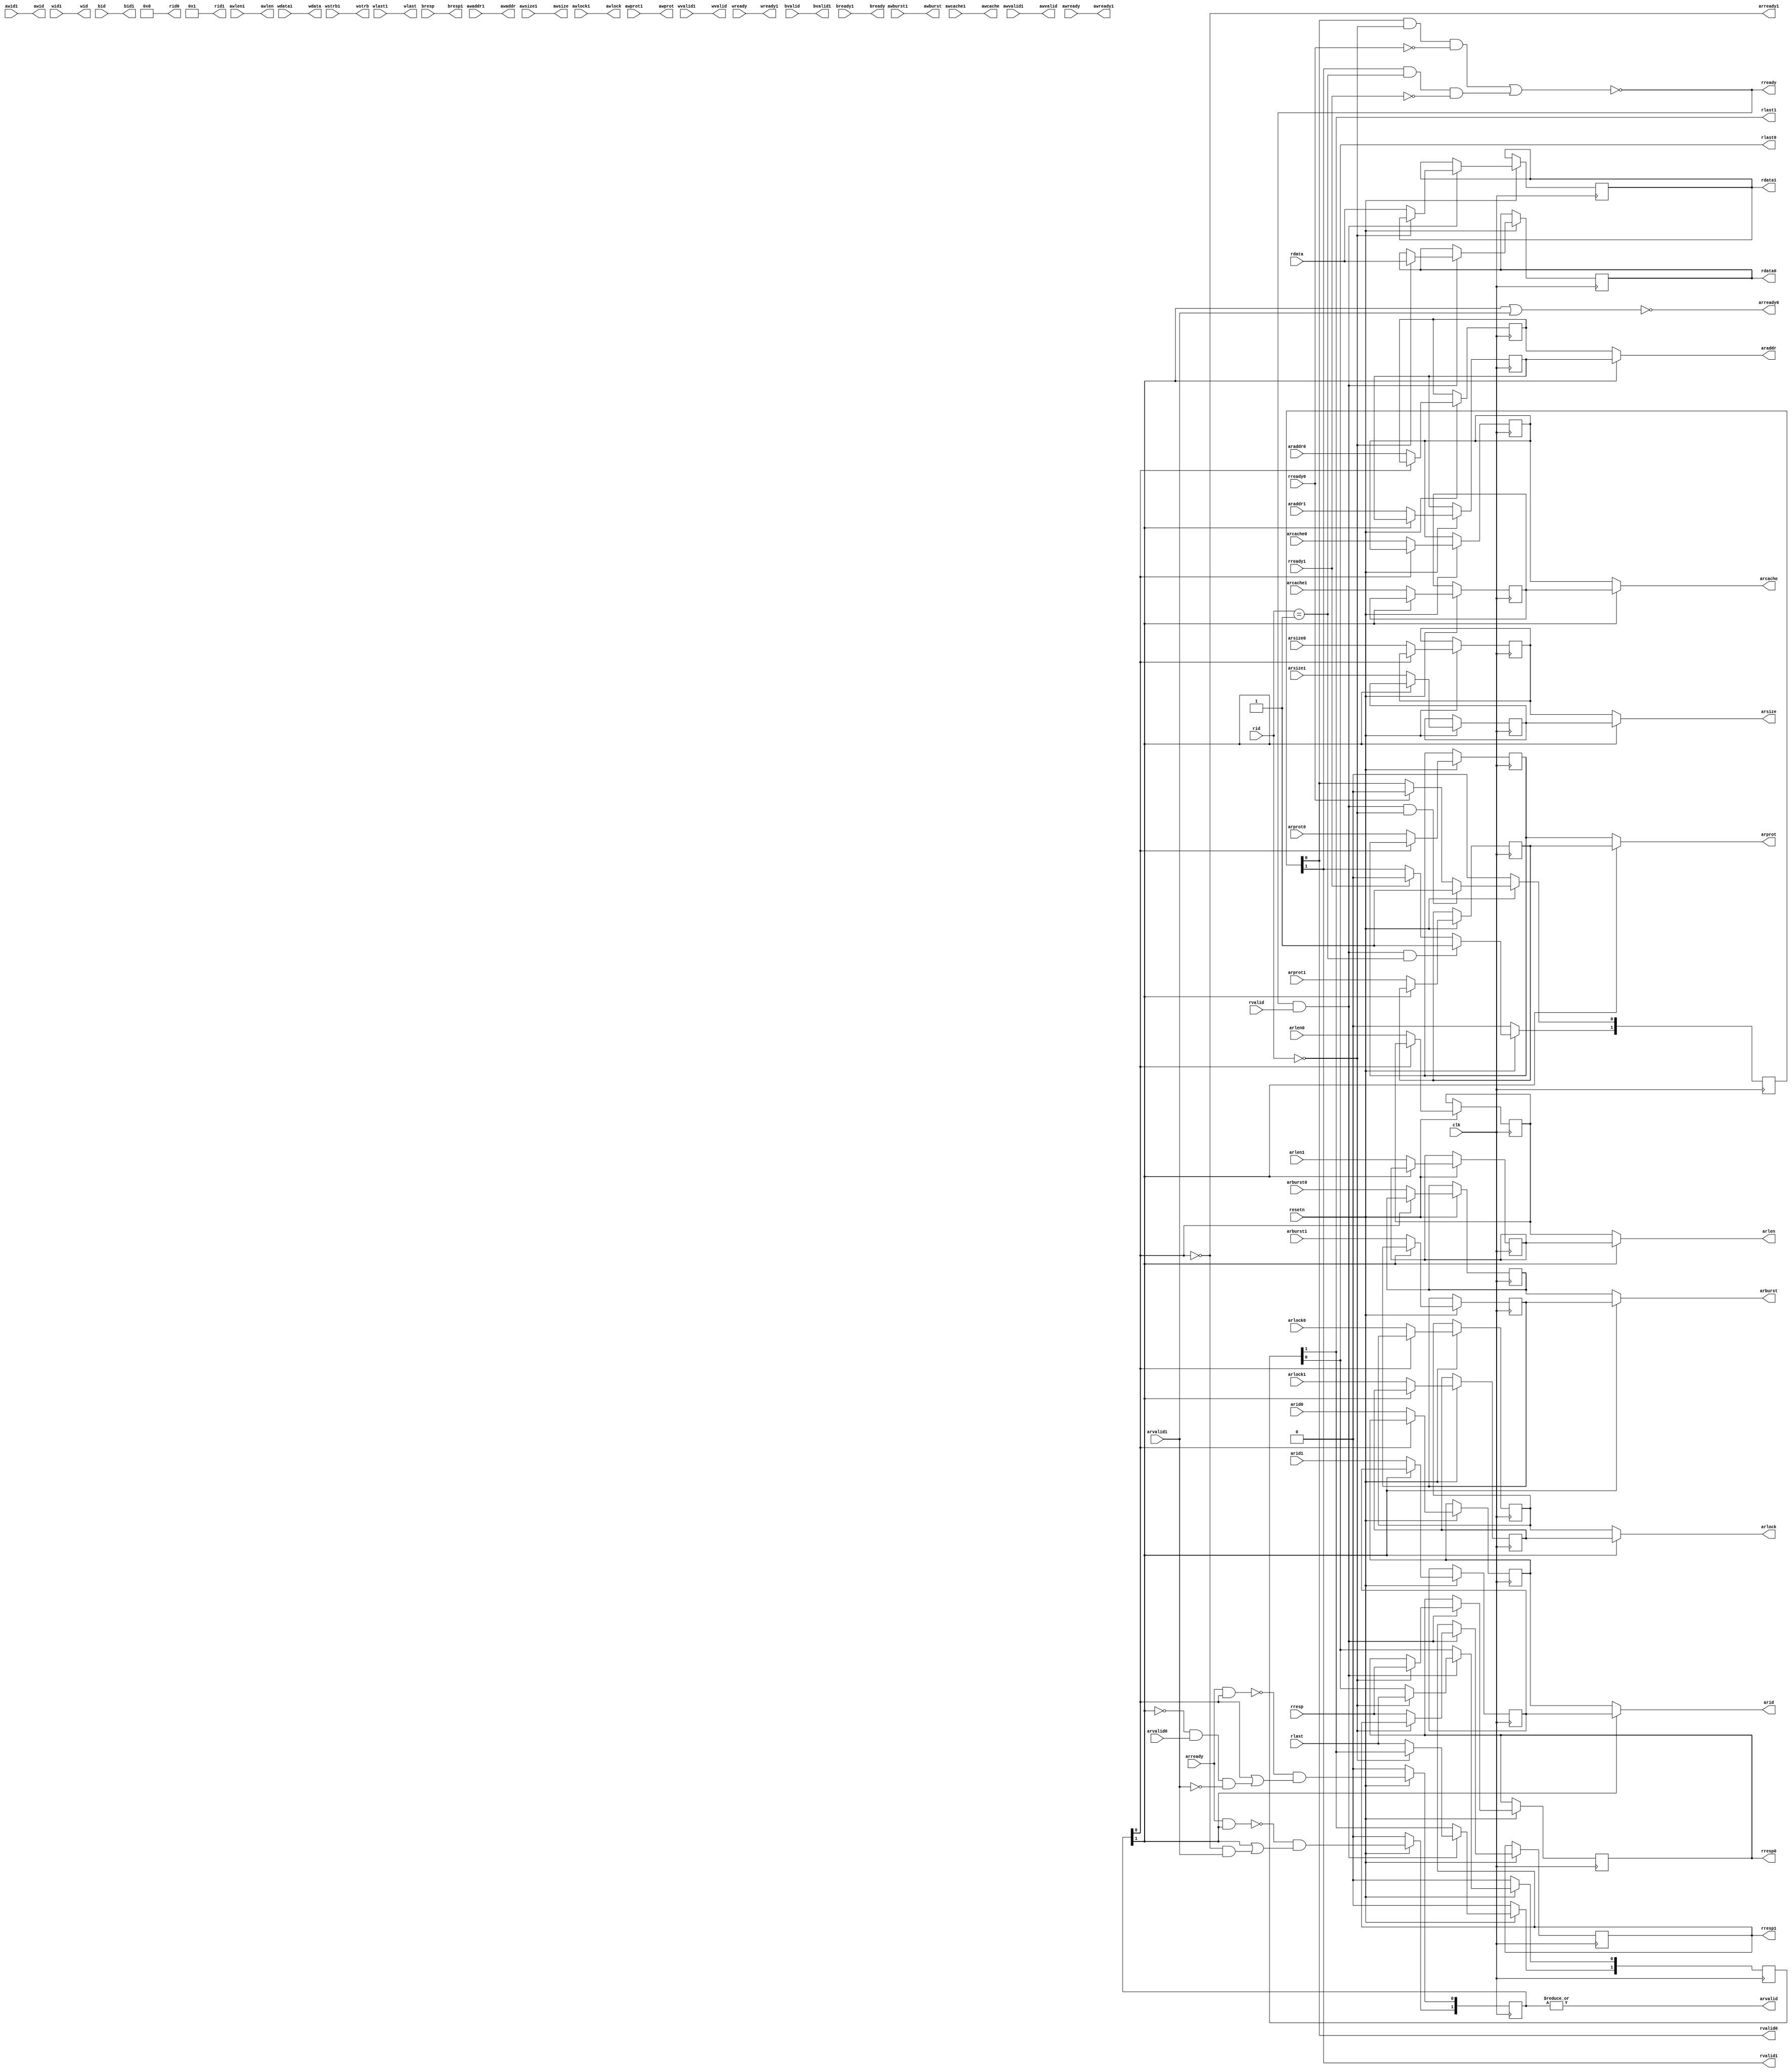
module interconnect(
    input           clk,
    input           resetn,
    //AXI输出
    //ar
    output[3:0]     arid,
    output[31:0]    araddr,
    output[3:0]     arlen,
    output[2:0]     arsize,
    output[1:0]     arburst,
    output[1:0]     arlock,
    output[3:0]     arcache,
    output[2:0]     arprot,
    output          arvalid,
    input           arready,
    //r
    input[3:0]      rid,
    input[31:0]     rdata,
    input[1:0]      rresp,
    input           rlast,
    input           rvalid,
    output          rready,
    //aw
    output[3:0]     awid,
    output[31:0]    awaddr,
    output[3:0]     awlen,
    output[2:0]     awsize,
    output[1:0]     awburst,
    output[1:0]     awlock,
    output[3:0]     awcache,
    output[2:0]     awprot,
    output          awvalid,
    input           awready,
    //w
    output[3:0]     wid,
    output[31:0]    wdata,
    output[3:0]     wstrb,
    output          wlast,
    output          wvalid,
    input           wready,
    //b
    input[3:0]      bid,
    input[1:0]      bresp,
    input           bvalid,
    output          bready,
    //AXI输入0
    //ar
    input[3:0]     arid0,
    input[31:0]    araddr0,
    input[3:0]     arlen0,
    input[2:0]     arsize0,
    input[1:0]     arburst0,
    input[1:0]     arlock0,
    input[3:0]     arcache0,
    input[2:0]     arprot0,
    input          arvalid0,
    output         arready0,
    //r
    output[3:0]    rid0,
    output[31:0]   rdata0,
    output[1:0]    rresp0,
    output         rlast0,
    output         rvalid0,
    input          rready0,
    //AXI输入1
    //ar
    input[3:0]     arid1,
    input[31:0]    araddr1,
    input[3:0]     arlen1,
    input[2:0]     arsize1,
    input[1:0]     arburst1,
    input[1:0]     arlock1,
    input[3:0]     arcache1,
    input[2:0]     arprot1,
    input          arvalid1,
    output         arready1,
    //r
    output[3:0]    rid1,
    output[31:0]   rdata1,
    output[1:0]    rresp1,
    output         rlast1,
    output         rvalid1,
    input          rready1,
    //aw
    input[3:0]     awid1,
    input[31:0]    awaddr1,
    input[3:0]     awlen1,
    input[2:0]     awsize1,
    input[1:0]     awburst1,
    input[1:0]     awlock1,
    input[3:0]     awcache1,
    input[2:0]     awprot1,
    input          awvalid1,
    output         awready1,
    //w
    input[3:0]     wid1,
    input[31:0]    wdata1,
    input[3:0]     wstrb1,
    input          wlast1,
    input          wvalid1,
    output         wready1,
    //b
    output[3:0]    bid1,
    output[1:0]    bresp1,
    output         bvalid1,
    input          bready1
    );

`ifdef L2_CACHE_ENABLE

`else

    //普通AXI二路读仲裁
    assign awid=awid1;
    assign awaddr=awaddr1;
    assign awlen=awlen1;
    assign awsize=awsize1;
    assign awburst=awburst1;
    assign awlock=awlock1;
    assign awcache=awcache1;
    assign awprot=awprot1;
    assign awvalid=awvalid1;
    assign awready1=awready;
    assign wid=wid1;
    assign wdata=wdata1;
    assign wstrb=wstrb1;
    assign wlast=wlast1;
    assign wvalid=wvalid1;
    assign wready1=wready;
    assign bid1=bid;
    assign bresp1=bresp;
    assign bvalid1=bvalid;
    assign bready=bready1;

    //缓存的ar信息
    reg[3:0]    c_arid[0:1];
    reg[31:0]   c_araddr[0:1];
    reg[3:0]    c_arlen[0:1];
    reg[2:0]    c_arsize[0:1];
    reg[1:0]    c_arburst[0:1];
    reg[1:0]    c_arlock[0:1];
    reg[3:0]    c_arcache[0:1];
    reg[2:0]    c_arprot[0:1];
    reg[1:0]    c_arvalid;
    initial begin
        c_arid[0]=0; c_arid[1]=0;
        c_araddr[0]=0; c_araddr[1]=0;
        c_arlen[0]=0; c_arlen[1]=0;
        c_arsize[0]=0; c_arsize[1]=0;
        c_arburst[0]=0; c_arburst[1]=0;
        c_arlock[0]=0; c_arlock[1]=0;
        c_arcache[0]=0; c_arcache[1]=0;
        c_arprot[0]=0; c_arprot[1]=0;
    end
    always@(posedge clk) begin
        if(~resetn) begin
            c_arvalid<=0;
        end
        else begin
            if(~c_arvalid[0]) begin
                c_arid[0]<=arid0;
                c_araddr[0]<=araddr0;
                c_arlen[0]<=arlen0;
                c_arsize[0]<=arsize0;
                c_arburst[0]<=arburst0;
                c_arlock[0]<=arlock0;
                c_arcache[0]<=arcache0;
                c_arprot[0]<=arprot0;
            end
            if(~c_arvalid[1]) begin
                c_arid[1]<=arid1;
                c_araddr[1]<=araddr1;
                c_arlen[1]<=arlen1;
                c_arsize[1]<=arsize1;
                c_arburst[1]<=arburst1;
                c_arlock[1]<=arlock1;
                c_arcache[1]<=arcache1;
                c_arprot[1]<=arprot1;
            end
            //Note: 当另一个已缓存未释放时，不能缓存请求，当两个都有请求时，优先ar1
            c_arvalid[0]<=(~(arready & c_arvalid[0])) & (c_arvalid[0] | ((~c_arvalid[1]) & arvalid0 & (~arvalid1)));
            c_arvalid[1]<=(~(arready & c_arvalid[1])) & (c_arvalid[1] | ((~c_arvalid[0]) & arvalid1));
        end
    end

    assign arready0=~(c_arvalid[1] | arvalid1);
    assign arready1=~c_arvalid[0];
    assign arid=c_arvalid[1] ? c_arid[1] : c_arid[0];
    assign araddr=c_arvalid[1] ? c_araddr[1] : c_araddr[0];
    assign arlen=c_arvalid[1] ? c_arlen[1] : c_arlen[0];
    assign arsize=c_arvalid[1] ? c_arsize[1] : c_arsize[0];
    assign arburst=c_arvalid[1] ? c_arburst[1] : c_arburst[0];
    assign arlock=c_arvalid[1] ? c_arlock[1] : c_arlock[0];
    assign arcache=c_arvalid[1] ? c_arcache[1] : c_arcache[0];
    assign arprot=c_arvalid[1] ? c_arprot[1] : c_arprot[0];
    assign arvalid=|c_arvalid;

    //数据接收-分发
    reg[31:0]       c_rdata[0:1];
    reg[1:0]        c_rresp[0:1];
    reg[1:0]        c_rlast;
    reg[1:0]        c_rvalid;
    initial begin
        c_rdata[0]=0; c_rdata[1]=0;
        c_rresp[0]=0; c_rresp[1]=0;
    end

    always@(posedge clk) begin
        if(~resetn) begin
            c_rlast<=0;
            c_rvalid<=0;
        end
        else begin
            if(rready & rvalid) begin
                if(rid == 0) begin
                    c_rdata[0]<=rdata;
                    c_rresp[0]<=rresp;
                    c_rlast[0]<=rlast;
                end
                else begin
                    c_rdata[1]<=rdata;
                    c_rresp[1]<=rresp;
                    c_rlast[1]<=rlast;
                end
            end
            if(rready & rvalid & (rid == 0))
                c_rvalid[0]<=1;
            else if(rready0)
                c_rvalid[0]<=0;
            if(rready & rvalid & (rid == 1))
                c_rvalid[1]<=1;
            else if(rready1)
                c_rvalid[1]<=0;
        end
    end

    assign rready=~((c_rvalid[0] & (rid == 0) & ~rready0) | (c_rvalid[1] & (rid == 1) & ~rready1));
    assign rid0=0;
    assign rid1=1;
    assign rdata0=c_rdata[0];
    assign rdata1=c_rdata[1];
    assign rresp0=c_rresp[0];
    assign rresp1=c_rresp[1];
    assign rlast0=c_rlast[0];
    assign rlast1=c_rlast[1];
    assign rvalid0=c_rvalid[0];
    assign rvalid1=c_rvalid[1];


`endif

endmodule